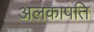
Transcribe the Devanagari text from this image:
अलकापति